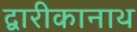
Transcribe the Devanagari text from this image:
द्वारीकानाथ